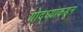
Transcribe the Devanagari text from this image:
योद्ध्याकडून